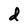
Character: d